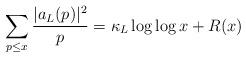
LaTeX: \begin{align*}\sum_{p\leq x}\frac{|a_L(p)|^2}{p} = \kappa_L\log\log x + R(x)\end{align*}